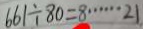
6 6 1 \div 8 0 = 8 \cdots 2 1